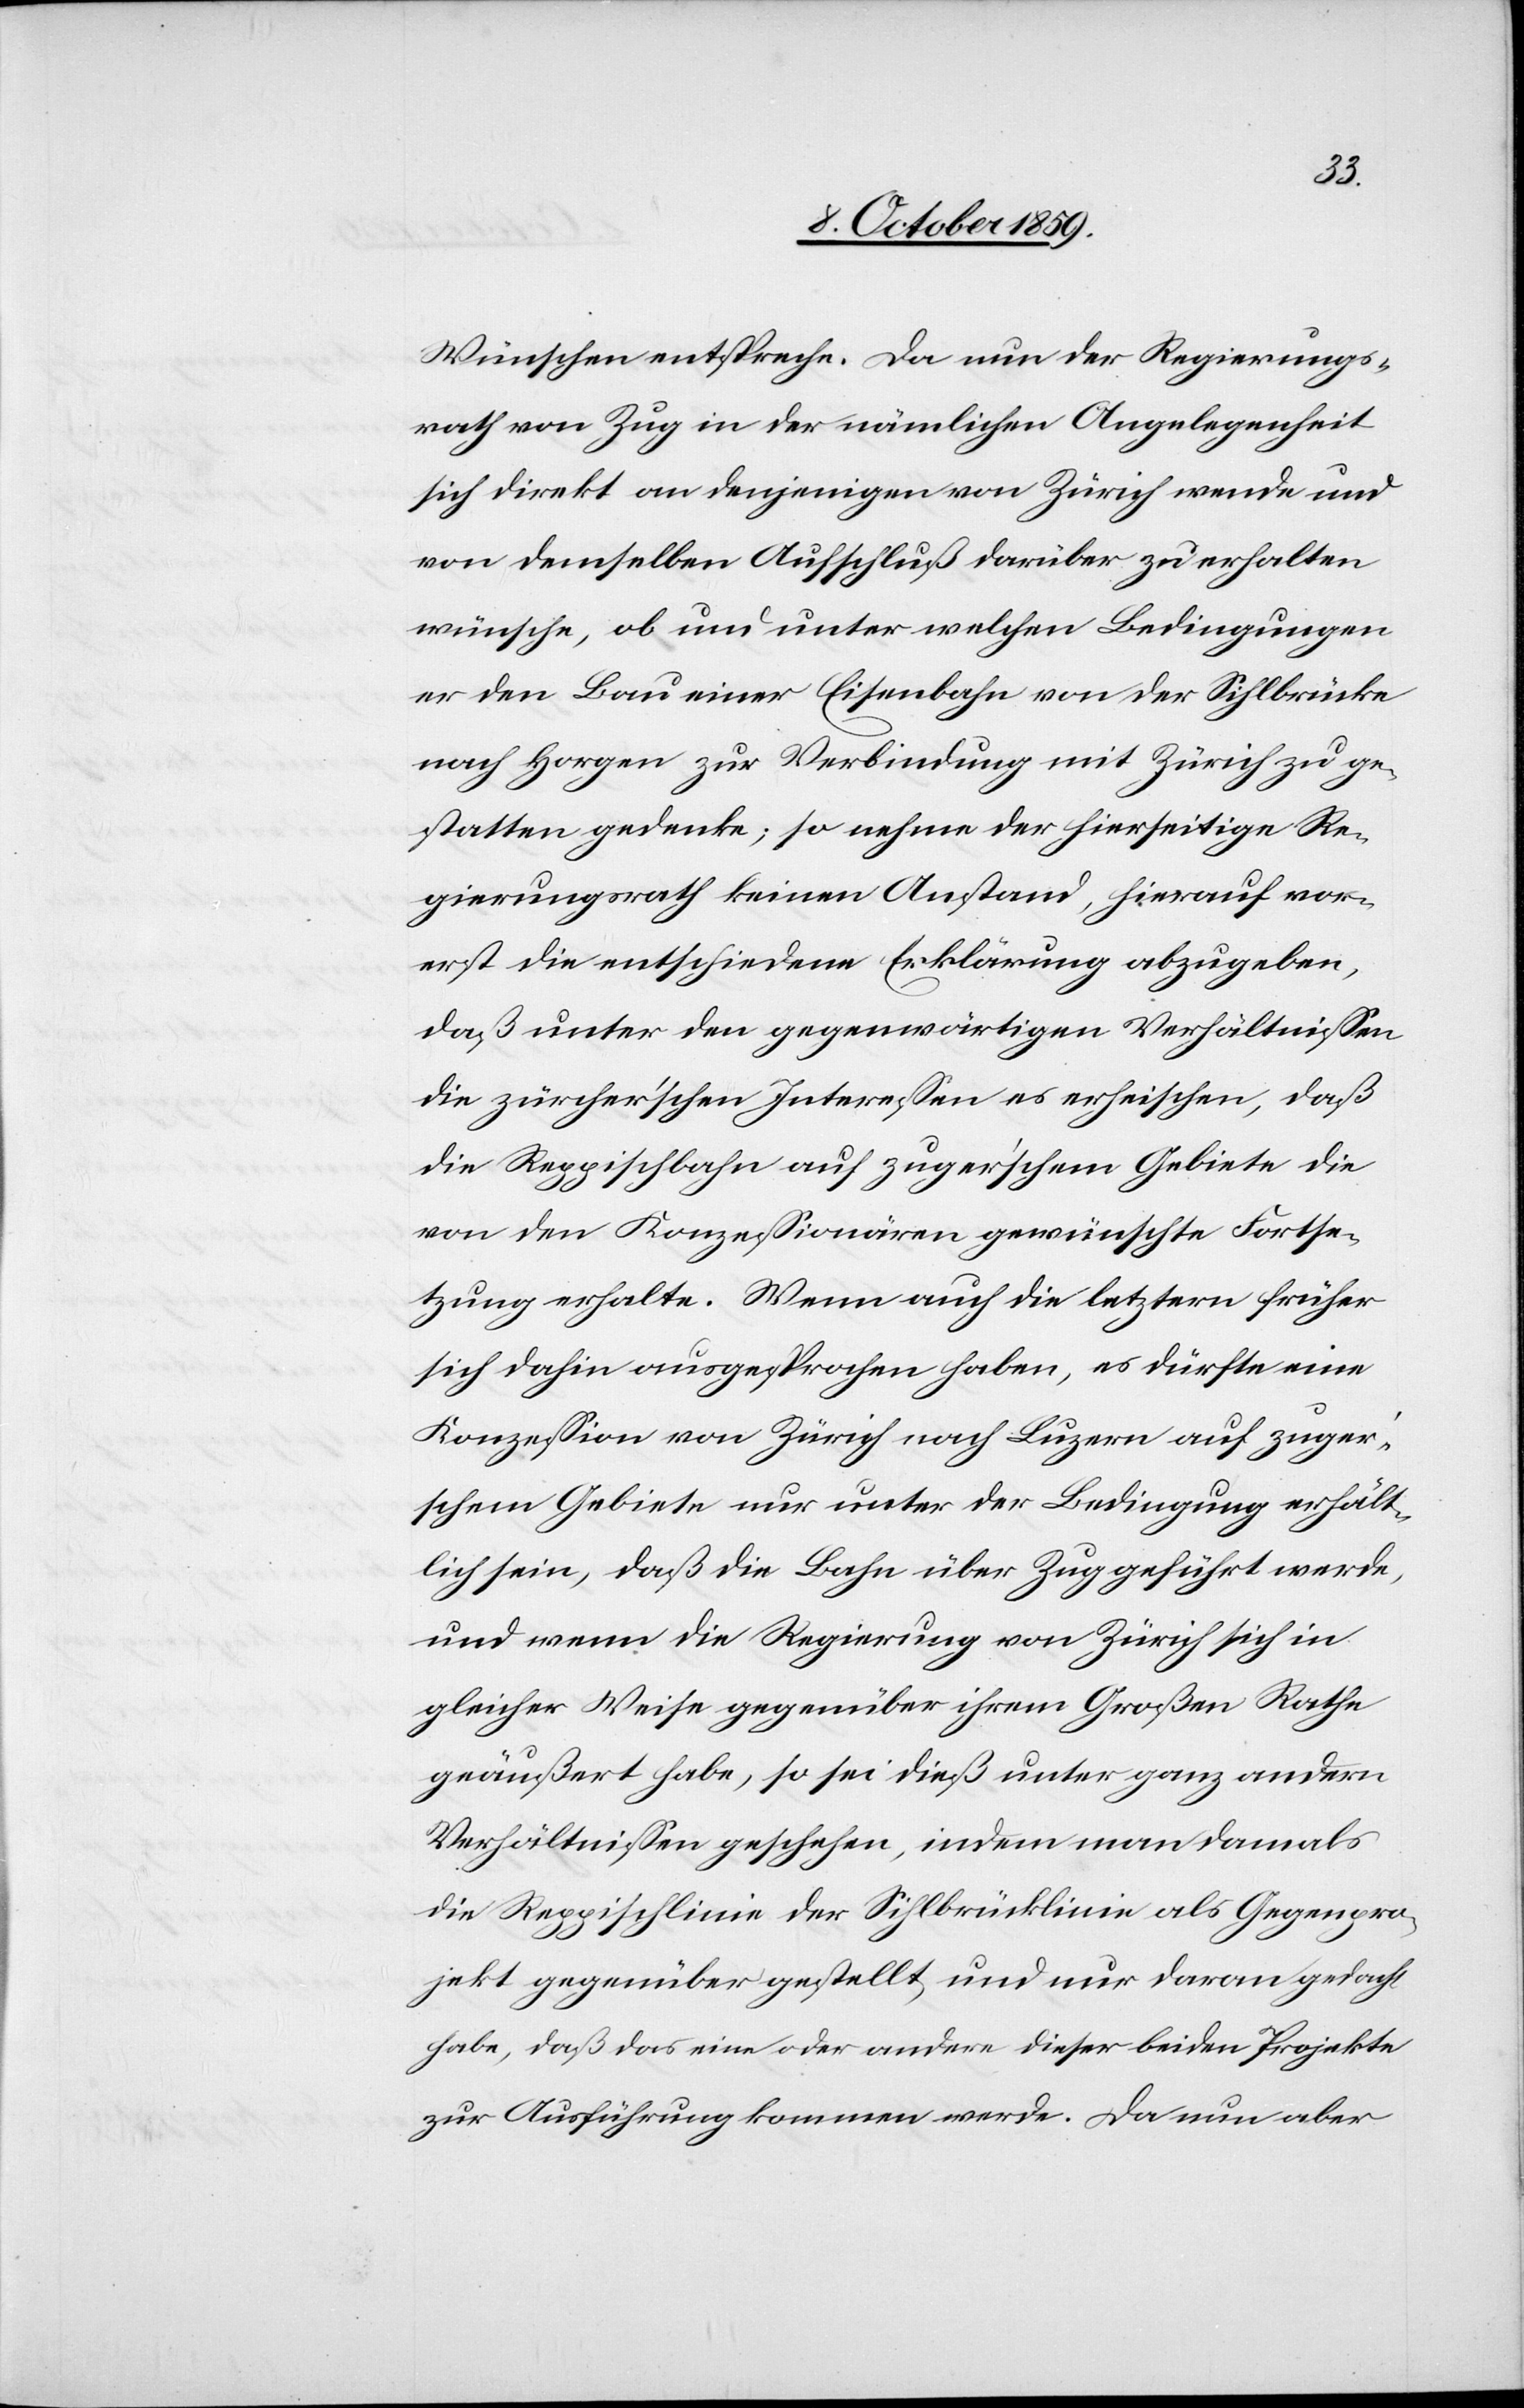
Wünschen entspreche. Da nun der Regierungs¬
rath von Zug in der nämlichen Angelegenheit
sich direkt an denjenigen von Zürich wende und
von demselben Aufschluß darüber zu erhalten
wünsche, ob und unter welchen Bedingungen
er den Bau einer Eisenbahn von der Sihlbrücke
nach Horgen zur Verbindung mit Zürich zu ge¬
statten gedenke; so nehme der hierseitige Re¬
gierungsrath keinen Anstand, hierauf vor¬
erst die entschiedene Erklärung abzugeben,
daß unter den gegenwärtigen Verhältnissen
die zürcher'schen Interessen es erheischen, daß
die Reppischbahn auf zuger'schem Gebiete die
von den Konzessionären gewünschte Fortse¬
tzung erhalte. Wenn auch die letztern früher
sich dahin ausgesprochen haben, es dürfte eine
Konzession von Zürich nach Luzern auf zuge¬
r'schem Gebiete nur unter der Bedingung erhält¬
lich sein, daß die Bahn über Zug geführt werde,
und wenn die Regierung von Zürich sich in
gleicher Weise gegenüber ihrem Großen Rathe
geäußert habe, so sei dieß unter ganz andern
Verhältnissen geschehen, indem man damals
die Reppischlinie der Sihlbrücklinie als Gegenpro¬
jekt gegenüber gestellt und nur daran gedacht
habe, daß das eine oder andere dieser beiden Projekte
zu Ausführung kommen werde. Da nun aber